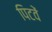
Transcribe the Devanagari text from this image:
पिटवें